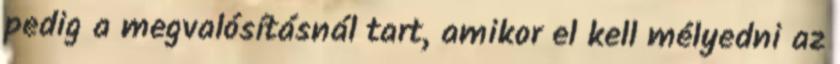
pedig a megvalósításnál tart, amikor el kell mélyedni az